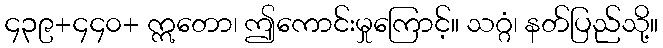
၄၃၉+၄၄၀+ ဣတော၊ ဤကောင်းမှုကြောင့်။ သဂ္ဂံ၊ နတ်ပြည်သို့။